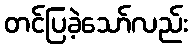
တင်ပြခဲ့သော်လည်း